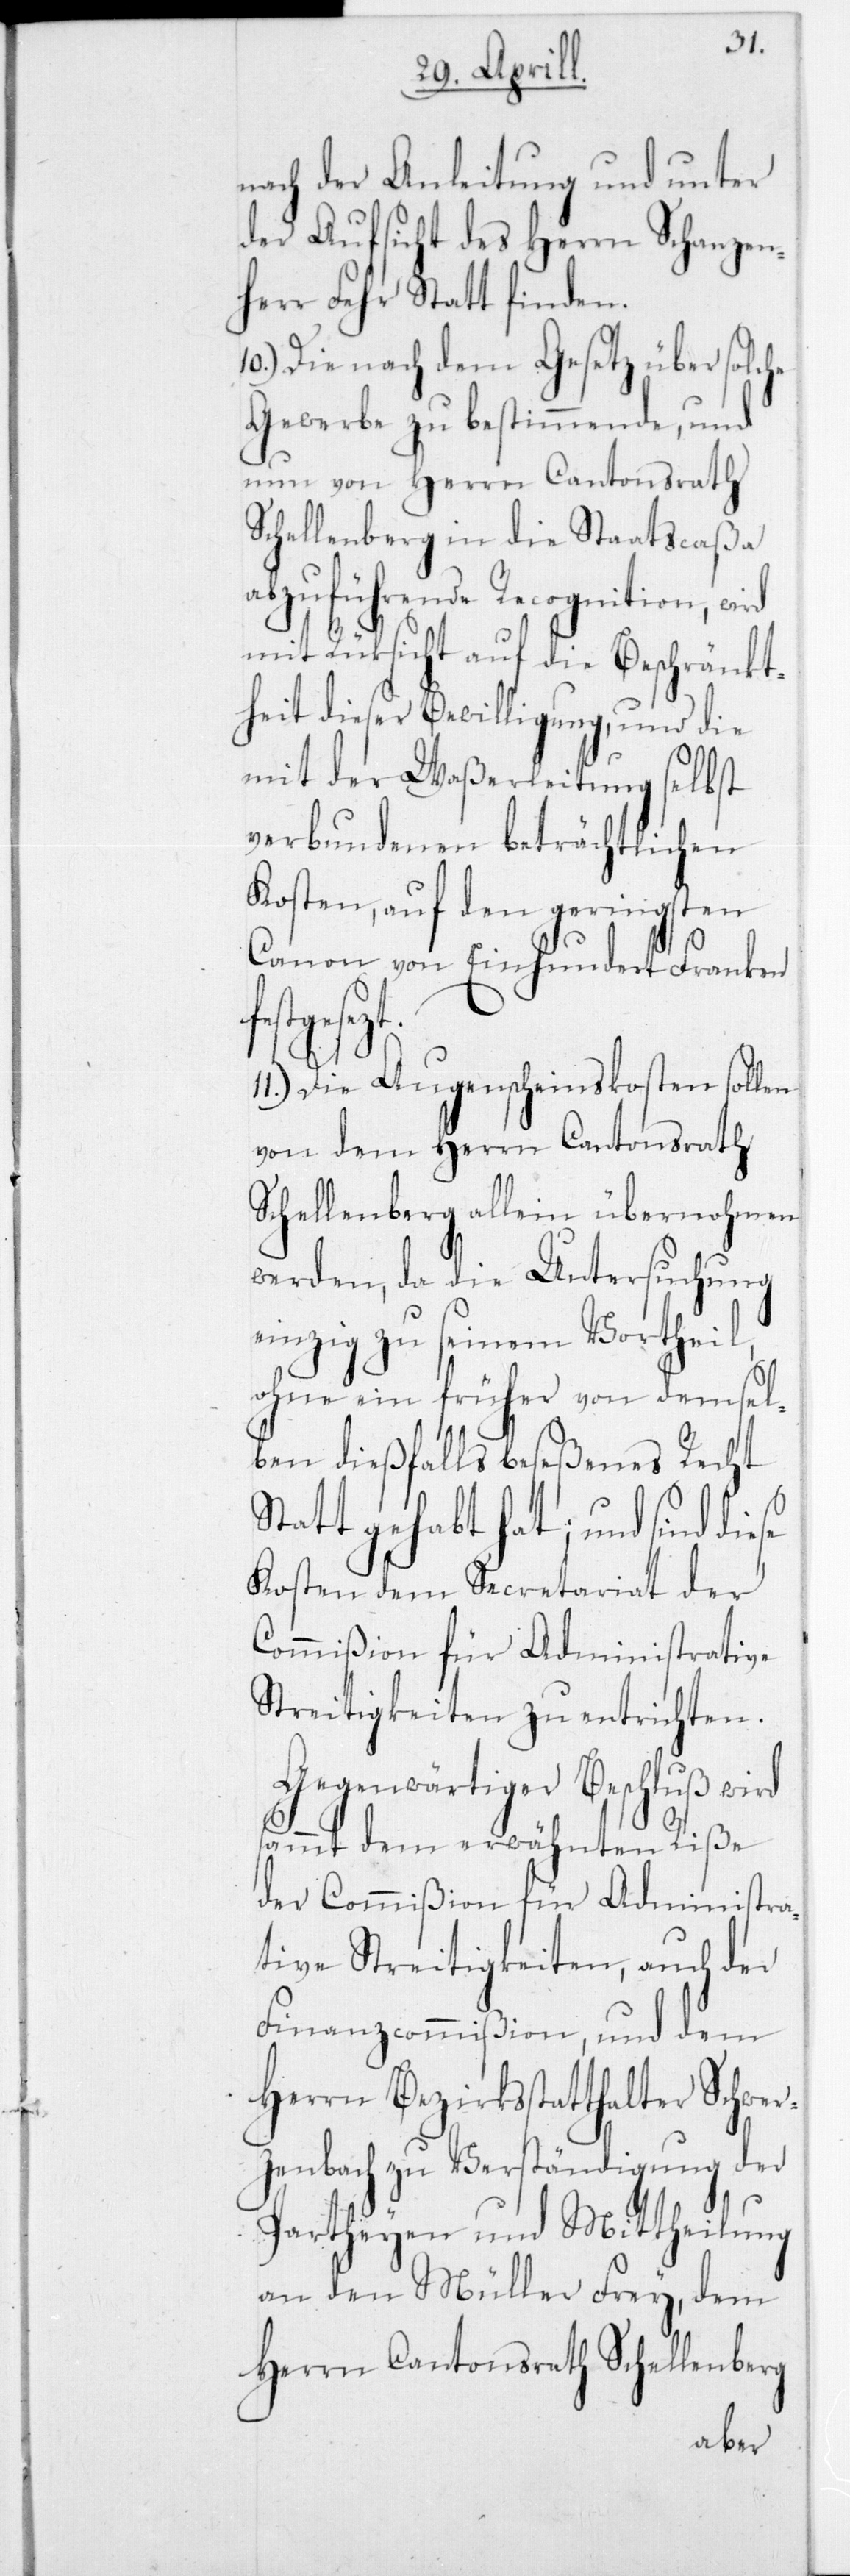
nach der Anleitung und unter
der Aufsicht des Herrn Schanzen¬
herr Fehr stattfinden.
10.) Die nach dem Gesetz über solche
Gewerbe zu bestimmende, und
nun von Herrn Cantonsrath
Schellenberg in die Staatscaßa
abzuführende Recognition, wird
mit Rücksicht auf die Beschränkt¬
heit dieser Bewilligung, und die
mit der Waßerleitung selbst
verbundenen beträchtlichen
Kosten, auf den geringsten
Canon von Einhundert Franken
se
11.) Die Augenscheinskosten sollen
von dem Herrn Cantonsrath
Schellenberg allein übernohmen
werden, da die Untersuchung
einzig zu seinem Vortheil,
ohne ein früher von demsel¬
ben dießfalls beseßenes Recht
Statt gehabt hat; und sind die¬
Kosten dem Secretariat der
Commißion für Administrative
Streitigkeiten zu entrichten.
Gegenwärtiger Beschluß wird
sammt dem erwähnten Riße
der Commißion für Administra¬
tive Streitigkeiten, auch der
Finanzcommißion, und dem
Herrn Bezirksstatthalter Schwer¬
zenbach zu Verständigung der
Partheyen und Mittheilung
an den Müller Frey, dem
Herrn Cantonsrath Schellenberg